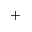
^ { + }